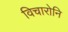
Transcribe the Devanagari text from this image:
विचारोनि